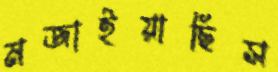
মজাইয়াছিস